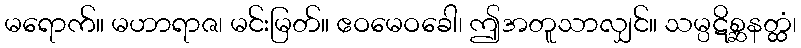
မရောက်။ မဟာရာဇ၊ မင်းမြတ်။ ဧဝမေဝခေါ၊ ဤအတူသာလျှင်။ သမ္ပဋိစ္ဆနတ္ထံ၊